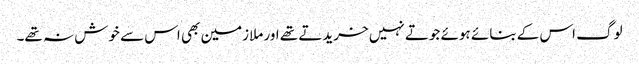
لوگ اس کے بنائے ہوئے جوتے نہیں خریدتے تھے اور ملازمین بھی اس سے خوش نہ تھے۔